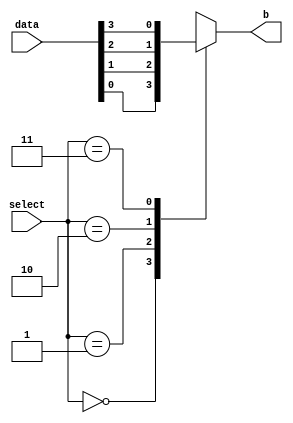
`timescale 1ns / 1ps
//////////////////////////////////////////////////////////////////////////////////
// Company: 
// Engineer: 
// 
// Design Name: 
// Module Name: multiplexer_4to1
// Project Name: 
// Target Devices: 
// Tool Versions: 
// Description: 
// 
// Dependencies: 
// 
// Revision:
// Revision 0.01 - File Created
// Additional Comments:
// 
/////////////////////////////////////////////////////////////////////////////////


module multiplexer_4to1(
input [1:0] select,input [3:0] data , output reg b);

    always@(*)
    begin
    case (select)    
        2'b00:
        b = data[0];
        2'b01:
        b = data[1];
        2'b10:  
        b = data[2];
        2'b11:
        b = data[3];
    endcase
    end
    
endmodule